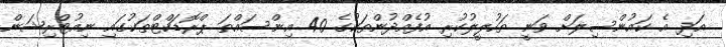
އަދި އެ ކައުންސިލަށް ވަނީ ތަހުލީލުކުރި އުފެއްދުންތަކުގެ 40 އިންސައްތަ ޕްރޮޑަކްޓްތަކުގައި ނިއުޓްރިޝަން